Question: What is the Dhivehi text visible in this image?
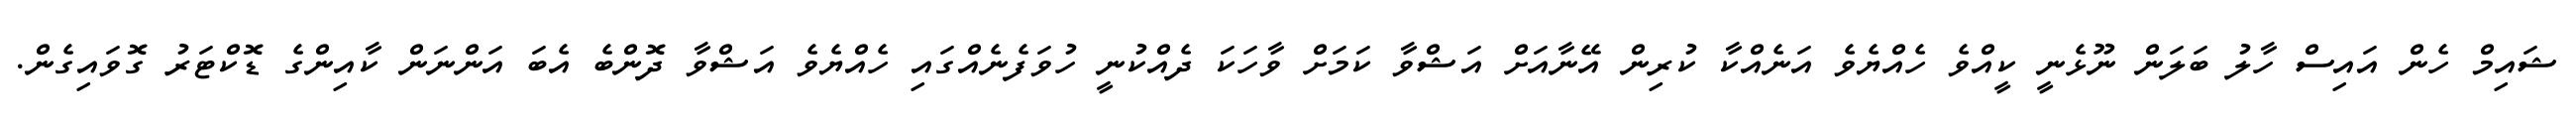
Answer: ޝައިމް ހެން އައިސް ހާލު ބަލަން ނޫޅެނީ ކީއްވެ ހެއްޔެވެ އަނެއްކާ ކުރިން އޭނާއަށް އަޝްވާ ކަމަށް ވާހަކަ ދެއްކުނީ ހުވަފެނެއްގައި ހެއްޔެވެ އަޝްވާ ދޮންބެ އެބަ އަންނަން ކާއިންގެ ޑޮކްޓަރު ގޮވައިގެން.